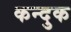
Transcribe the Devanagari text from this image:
कन्दुक